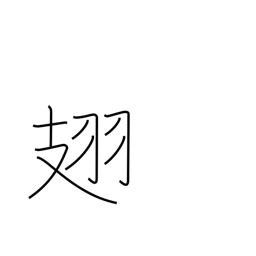
Meaning: (insect) wings